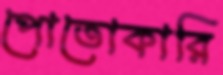
পোতোকারি